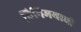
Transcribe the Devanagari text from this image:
विनिमयाची